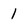
Character: 1